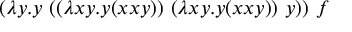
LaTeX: ( \lambda y . y \ ( ( \lambda x y . y ( x x y ) ) \ ( \lambda x y . y ( x x y ) ) \ y ) ) \ f